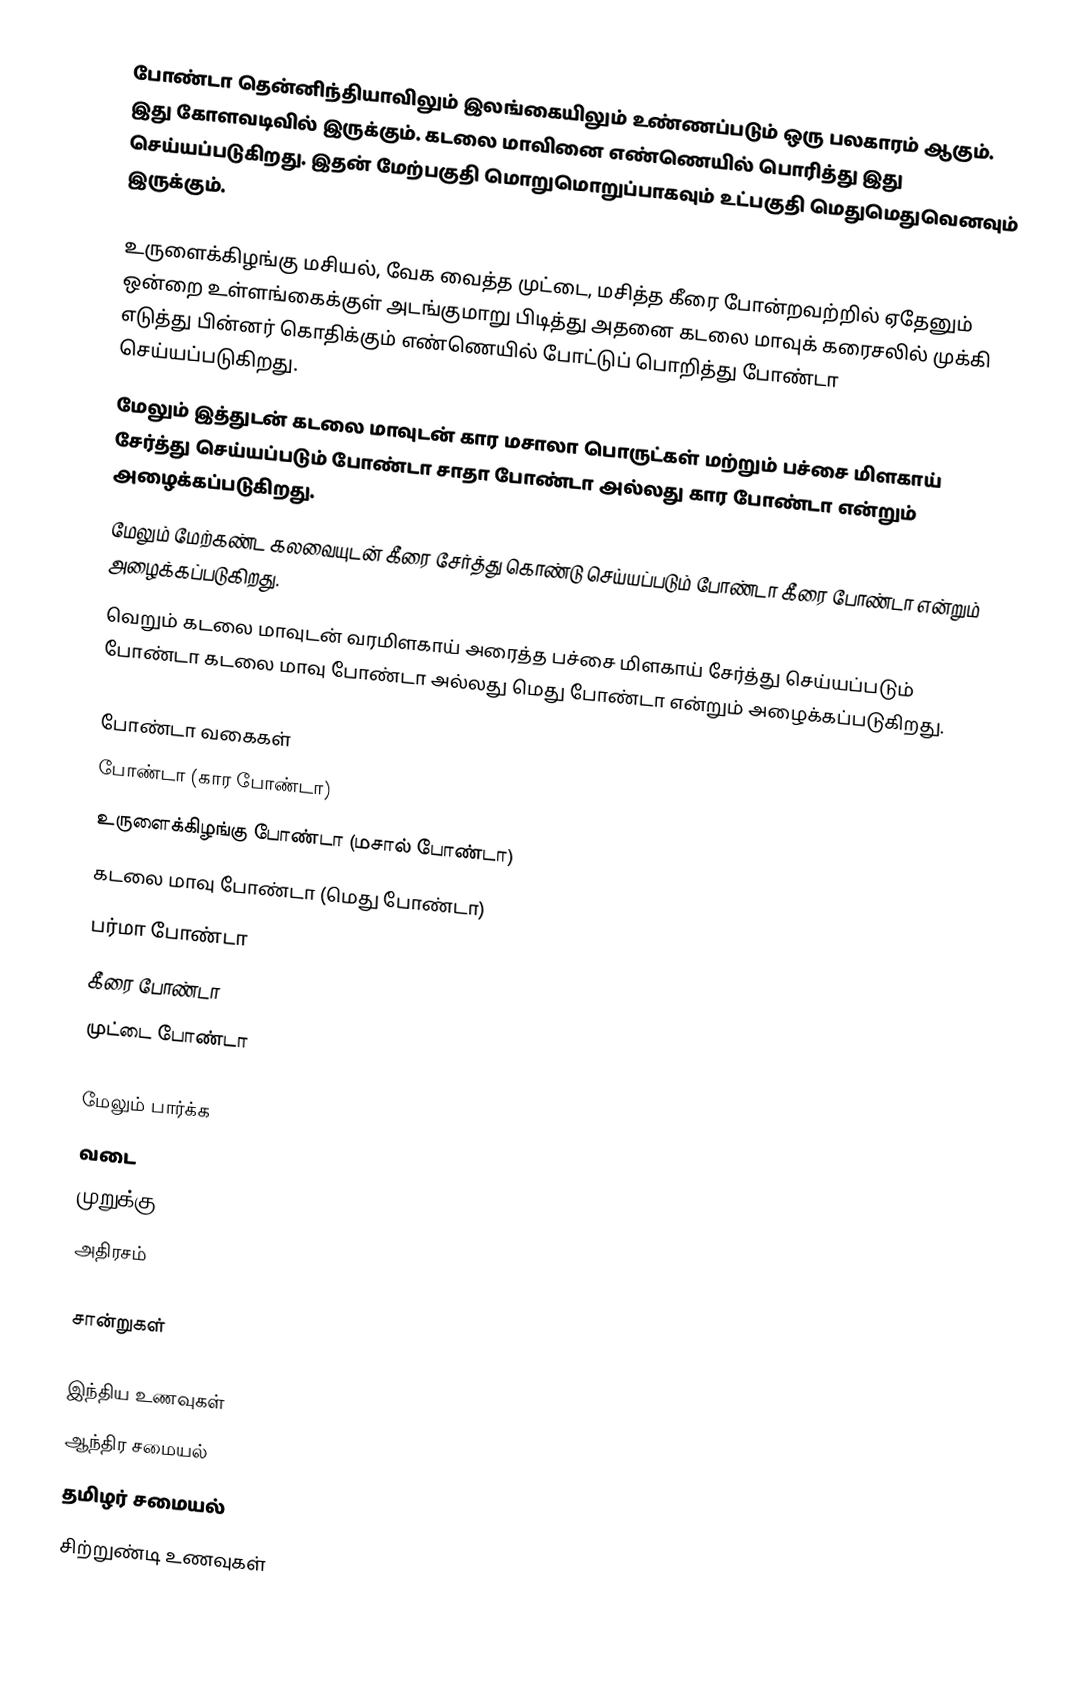
போண்டா தென்னிந்தியாவிலும் இலங்கையிலும் உண்ணப்படும் ஒரு பலகாரம் ஆகும். இது கோளவடிவில் இருக்கும். கடலை மாவினை எண்ணெயில் பொரித்து இது செய்யப்படுகிறது. இதன் மேற்பகுதி மொறுமொறுப்பாகவும் உட்பகுதி மெதுமெதுவெனவும் இருக்கும்.

 உருளைக்கிழங்கு மசியல், வேக வைத்த முட்டை, மசித்த கீரை போன்றவற்றில் ஏதேனும் ஒன்றை உள்ளங்கைக்குள் அடங்குமாறு பிடித்து அதனை கடலை மாவுக் கரைசலில் முக்கி எடுத்து பின்னர் கொதிக்கும் எண்ணெயில் போட்டுப் பொறித்து போண்டா செய்யப்படுகிறது.
 மேலும் இத்துடன் கடலை மாவுடன் கார மசாலா பொருட்கள் மற்றும் பச்சை மிளகாய் சேர்த்து செய்யப்படும் போண்டா சாதா போண்டா அல்லது கார போண்டா என்றும் அழைக்கப்படுகிறது.
 மேலும் மேற்கண்ட கலவையுடன் கீரை சேர்த்து கொண்டு செய்யப்படும் போண்டா கீரை போண்டா என்றும் அழைக்கப்படுகிறது.
 வெறும் கடலை மாவுடன் வரமிளகாய் அரைத்த பச்சை மிளகாய் சேர்த்து செய்யப்படும் போண்டா கடலை மாவு போண்டா அல்லது மெது போண்டா என்றும் அழைக்கப்படுகிறது.

போண்டா வகைகள்
 போண்டா (கார போண்டா)
 உருளைக்கிழங்கு போண்டா (மசால் போண்டா)
 கடலை மாவு போண்டா (மெது போண்டா)
 பர்மா போண்டா
 கீரை போண்டா
 முட்டை போண்டா

மேலும் பார்க்க
 வடை
 முறுக்கு
 அதிரசம்

சான்றுகள்

இந்திய உணவுகள்
ஆந்திர சமையல்
தமிழர் சமையல்
சிற்றுண்டி உணவுகள்